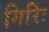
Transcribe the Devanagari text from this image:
गिरिः